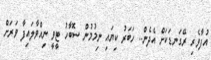
އުފާވެރި ރޭގަނޑަކަށް އެދެން.. ހަބަރު ކިޔައި ނިމުމުން ސޮބާހު ޓީވީ ނިއްވާލައިފާ ވަރަށް